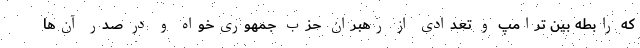
که رابطه بین ترامپ و تعدادی از رهبران حزب جمهوری‌خواه و در صدر آن‌ها